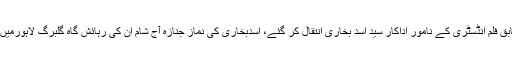
دنیا نیوز کے مطابق فلم انڈسٹری کے نامور اداکار سیّد اسد بخاری انتقال کر گئے، اسدبخاری کی نماز جنازہ آج شام ان کی رہائش گاہ گلبرگ لاہورمیں ادا کی جائے گی۔